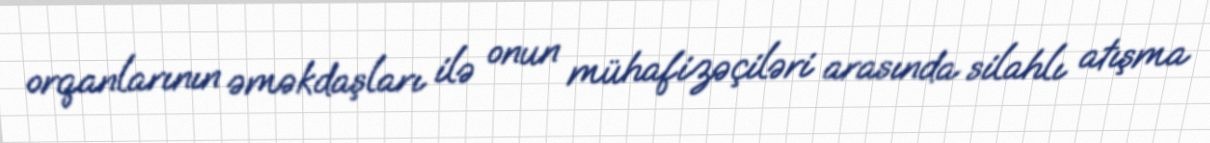
orqanlarının əməkdaşları ilə onun mühafizəçiləri arasında silahlı atışma